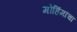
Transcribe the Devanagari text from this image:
मोहिंमांचा